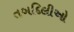
તબદિલીઓ